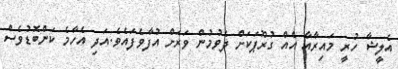
އެލީޝާ ހުރީ މައިރާއާ އެއް ގުރޫޕަކަށް ދެވުމުން ވަރަށް އުފާވެފައެވެ.އަދި އެހާމެ ކަންބޮޑުވެސް